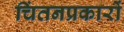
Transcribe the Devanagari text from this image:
चिंतनप्रकारों